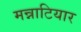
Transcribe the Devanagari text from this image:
मन्नाटियार